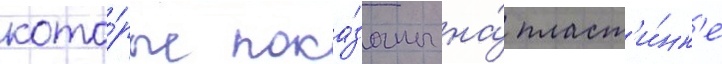
кото́рые пока́заны на́ пласт'и́нк'е